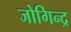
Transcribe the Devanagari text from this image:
जोगिन्द्र